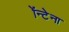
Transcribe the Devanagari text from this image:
ॲन्टेना